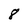
Character: 8